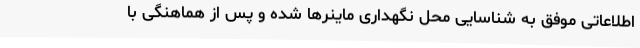
اطلاعاتی موفق به شناسایی محل نگهداری ماینرها شده و پس از هماهنگی با